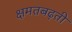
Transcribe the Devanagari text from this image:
क्षमतबढ़ती